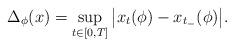
LaTeX: \begin{align*}\Delta_{\phi}(x)=\sup_{t\in [0,T]}\big|x_t(\phi)-x_{t_{-}}(\phi)\big |.\end{align*}